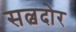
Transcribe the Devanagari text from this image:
सल्वदोर